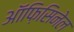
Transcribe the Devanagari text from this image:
ऑफ़िसिनेल